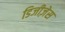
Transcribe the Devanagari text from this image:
डिजीज़ेस